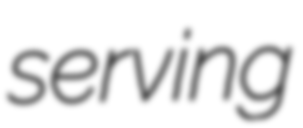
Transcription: serving